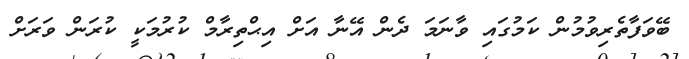
ބޭވަފާތެރިވުމުން ކަމުގައި ވާނަމަ ދެން އޭނާ އަށް އިޙްތިރާމް ކުރުމަކީ ކުރަން ވަރަށް